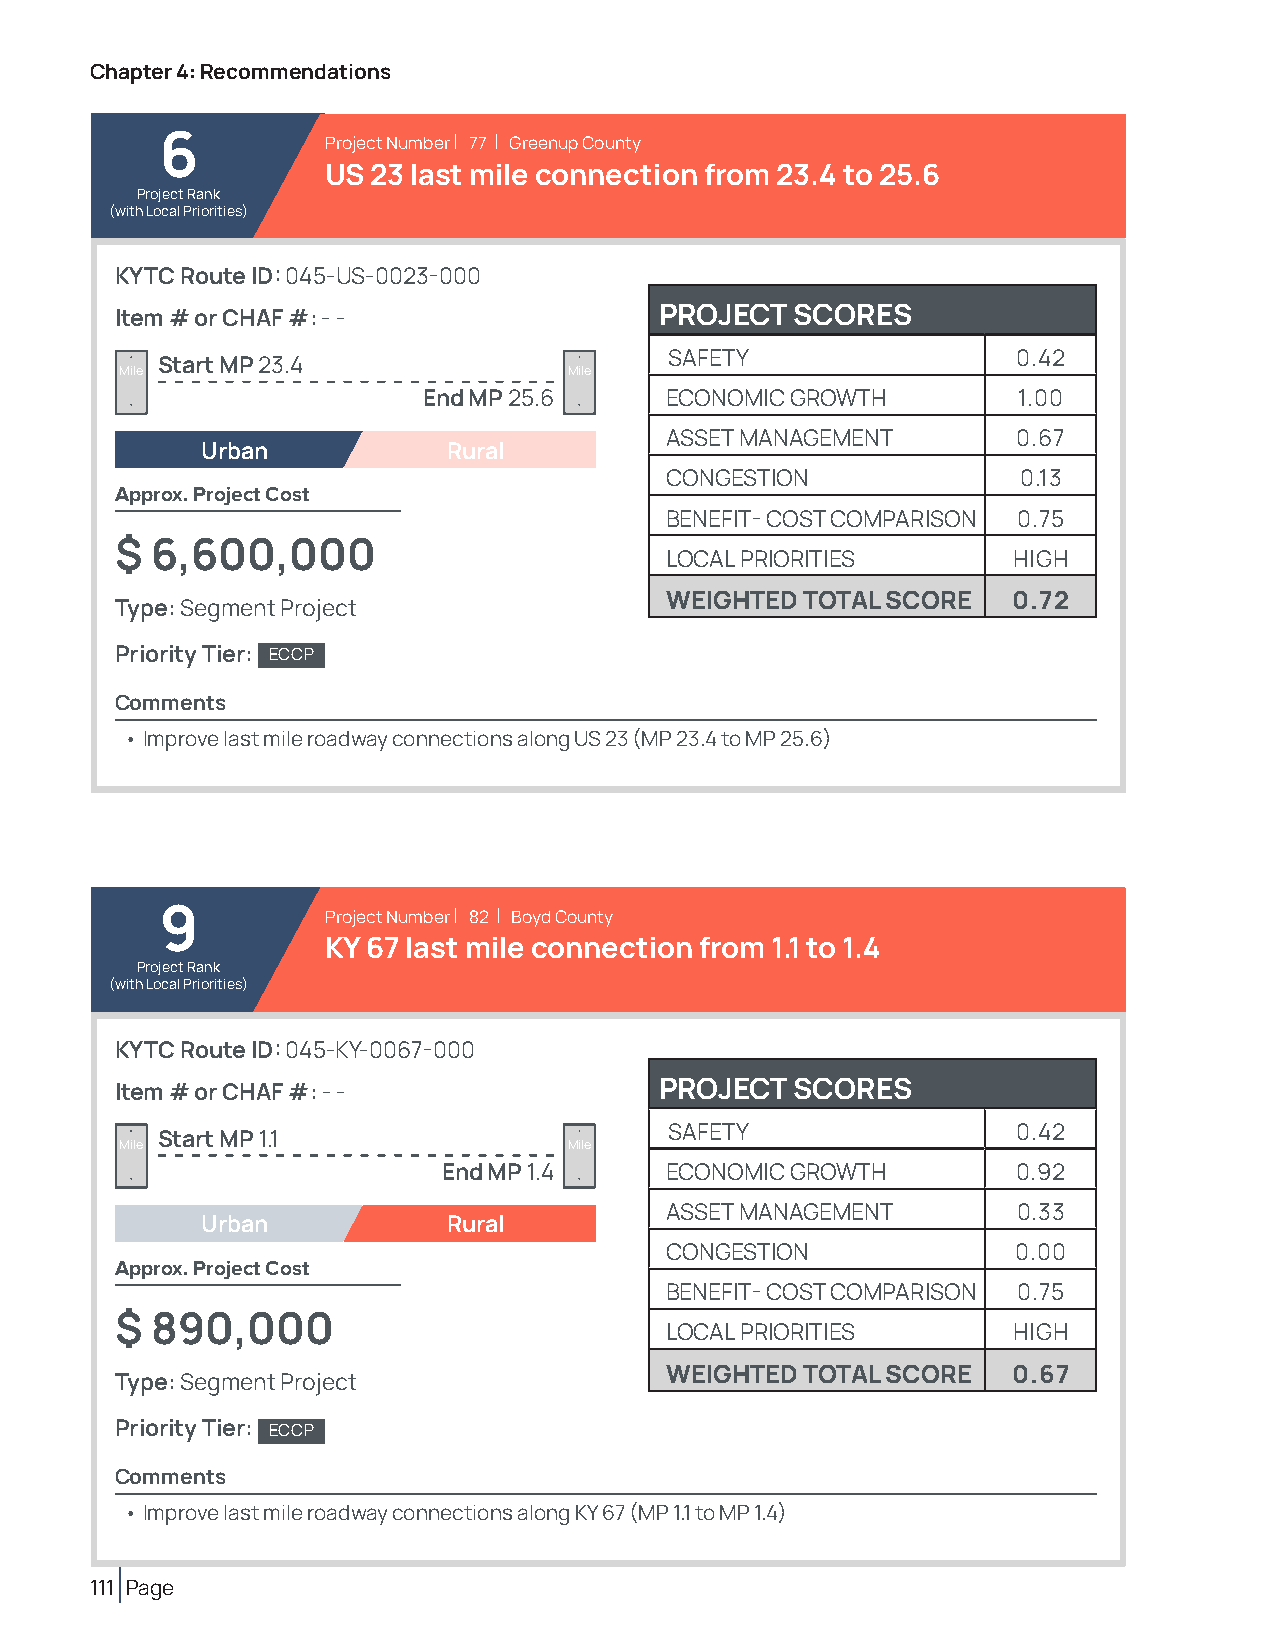
Chapter 4: Recommendations
 6          Project Number | 77 | Greenup County
 US 23 last mile connection from 23.4 to 25.6
 Project Rank
 (with Local Priorities)
 KYTC Route ID: 045-US-0023-000
 Item # or CHAF #: - -               PROJECT  SCORES
 SAFETY                 0.42
 Start MP 23.4
 Mile                          Mile
 End MP 25.6     ECONOMIC GROWTH        1.00
 ASSET MANAGEMENT       0.67
 Urban            Rural
 CONGESTION              0.13
 Approx. Project Cost
 BENEFIT- COST COMPARISON 0.75
 $ 6,600,000
 LOCAL PRIORITIES       HIGH
 WEIGHTED TOTAL SCORE   0.72
 Type: Segment Project
 Priority Tier: ECCP
 Comments
 • Improve last mile roadway connections along US 23 (MP 23.4 to MP 25.6)
 9          Project Number | 82 | Boyd County
 KY 67 last mile connection from 1.1 to 1.4
 Project Rank
 (with Local Priorities)
 KYTC Route ID: 045-KY-0067-000
 Item # or CHAF #: - -               PROJECT  SCORES
 SAFETY                 0.42
 Start MP 1.1
 Mile                          Mile
 End MP 1.4     ECONOMIC GROWTH        0.92
 ASSET MANAGEMENT       0.33
 Urban            Rural
 CONGESTION             0.00
 Approx. Project Cost
 BENEFIT- COST COMPARISON 0.75
 $ 890,000
 LOCAL PRIORITIES       HIGH
 WEIGHTED TOTAL SCORE   0.67
 Type: Segment Project
 Priority Tier: ECCP
 Comments
 • Improve last mile roadway connections along KY 67 (MP 1.1 to MP 1.4)
 111 Page